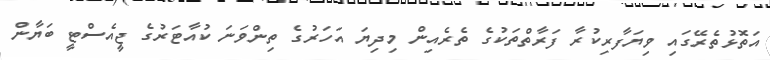
އަތޮޅުތެރޭގައި ވިޔަފާރިކުރާ ފަރާތްތަކުގެ ތެރެއިން މިދިޔަ އަހަރުގެ ތިންވަނަ ކުއާޓަރުގެ ޖީއެސްޓީ ބަޔާން